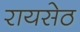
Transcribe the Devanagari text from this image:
रायसेठ